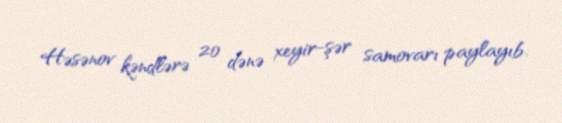
Həsənov kəndlərə 20 dənə xeyir-şər samovarı paylayıb.